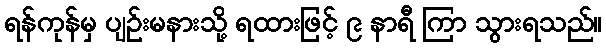
ရန်ကုန်မှ ပျဉ်းမနားသို့ ရထားဖြင့် ၉ နာရီ ကြာ သွားရသည်။